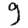
Digit: 9